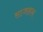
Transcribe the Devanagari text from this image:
साजाहान